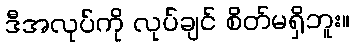
ဒီအလုပ်ကို လုပ်ချင် စိတ်မရှိဘူး။